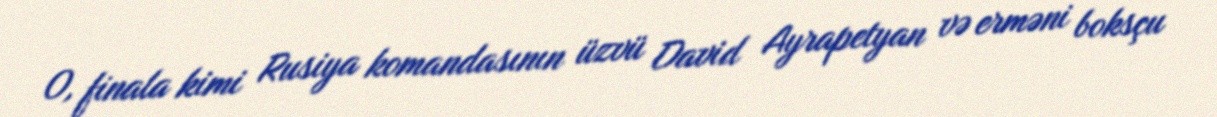
O, finala kimi Rusiya komandasının üzvü David Ayrapetyan və erməni boksçu